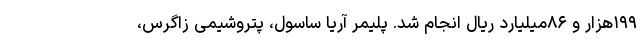
۱۹۹هزار و ۸۶میلیارد ریال انجام شد. پلیمر آریا ساسول، پتروشیمی زاگرس،